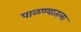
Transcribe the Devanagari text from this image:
पाळण्यातला